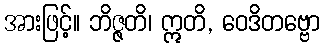
အားဖြင့်။ ဘိဇ္ဇတိ၊ ဣတိ, ဝေဒိတဗ္ဗော